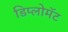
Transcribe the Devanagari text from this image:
डिप्लोमॅट